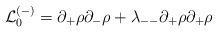
LaTeX: \begin{align*}{\cal L}_0^{(-)} = \partial_+\rho\partial_-\rho+ \lambda_{--} \partial_+\rho\partial_+\rho\end{align*}